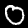
Label: 0